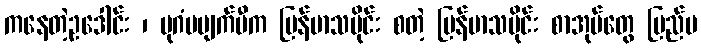
ကနေတဲ့ဥဒေါင်း ၊ ပုဂံမပျက်မီက မြန်မာသမိုင်း စတဲ့ မြန်မာသမိုင်း စာအုပ်တွေ ပြည်ပ